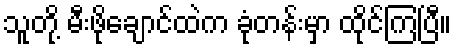
သူတို့ မီးဖိုချောင်ထဲက ခုံတန်းမှာ ထိုင်ကြပြီ။